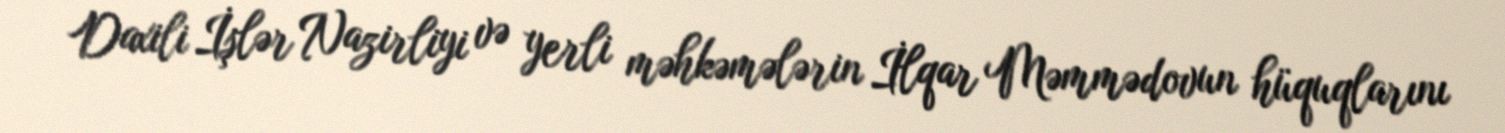
Daxili İşlər Nazirliyi və yerli məhkəmələrin İlqar Məmmədovun hüquqlarını